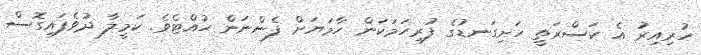
ހުރިއިރު އެ ކަސްރަތީ ހަށިގަނޑުގެ ފުރިހަމަކަން ހާމަޔަށް ފެންނަން ހުއްޓެވެ. ކަމީލާ ދުވެފައިގޮސް